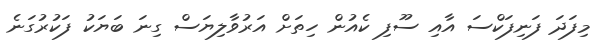
މިފަދަ ފަނިފަކްސަ އާއި ސޫފި ކެއުން ހިތަށް އަރުވާލިޔަސް ގިނަ ބަޔަކު ފަކުރުގަނެ